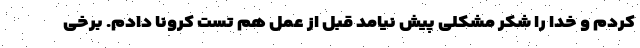
کردم و خدا را شکر مشکلی پیش نیامد قبل از عمل هم تست کرونا دادم. برخی